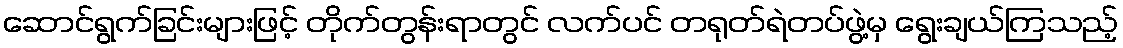
ဆောင်ရွက်ခြင်းများဖြင့် တိုက်တွန်းရာတွင် လက်ပင် တရုတ်ရဲတပ်ဖွဲ့မှ ရွေးချယ်ကြသည့်